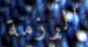
الرزمة